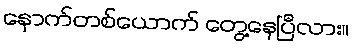
နောက်တစ်ယောက် တွေ့နေပြီလား။